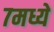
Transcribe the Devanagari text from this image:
७मध्ये